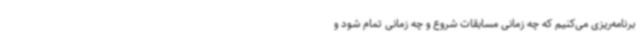
برنامه‌ریزی می‌کنیم که چه زمانی مسابقات شروع و چه زمانی تمام شود و